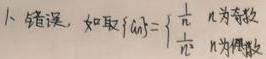
1. 错误，如取\(\{ a_{n}\} = \begin{cases} \frac{1}{n} & n为奇数 \\ \frac{1}{n^{2}} & n为偶数 \end{cases}\)